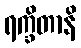
ရက္ခိတာနိ